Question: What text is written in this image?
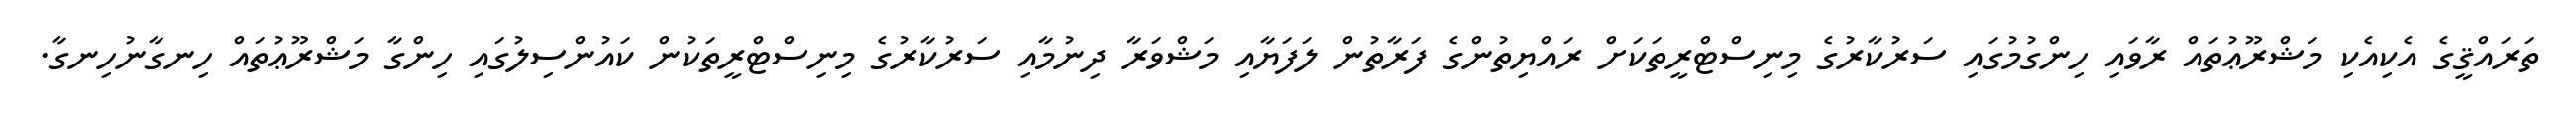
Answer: ތަރައްޤީގެ އެކިއެކި މަޝްރޫޢުތައް ރާވައި ހިންގުމުގައި ސަރުކާރުގެ މިނިސްޓްރީތަކަށް ރައްޔިތުންގެ ފަރާތުން ލަފަޔާއި މަޝްވަރާ ދިނުމާއި ސަރުކާރުގެ މިނިސްޓްރީތަކުން ކައުންސިލުގައި ހިންގާ މަޝްރޫޢުތައް ހިނގާނުހިނގާ.